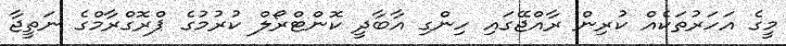
މީގެ އަހަރުތަކެއް ކުރިން ރާއްޖޭގައި ހިންގި އާބާދީ ކޮންޓްރޯލް ކުރުމުގެ ޕްރޮގްރާމްގެ ނަތީޖާ